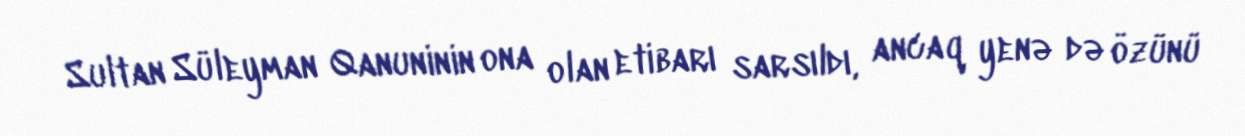
Sultan Süleyman Qanuninin ona olan etibarı sarsıldı, ancaq yenə də özünü